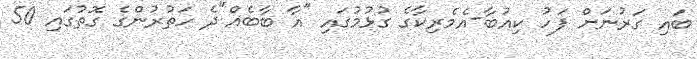
ބައި ގަރުނަށް ފަހު ކިއުބާ-އެމެރިކާގެ ގުޅުމުގައި "އާ ބާބެއް"ދެ ހަތުރުންގެ ގޮތުގައި 50